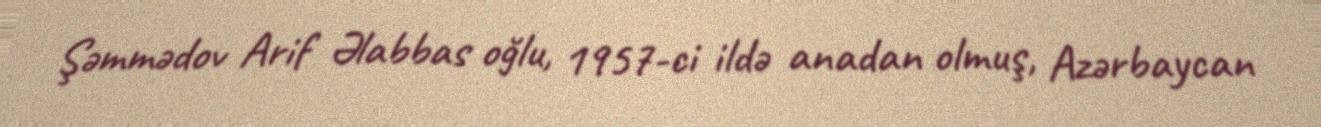
Şəmmədov Arif Əlabbas oğlu, 1957-ci ildə anadan olmuş, Azərbaycan